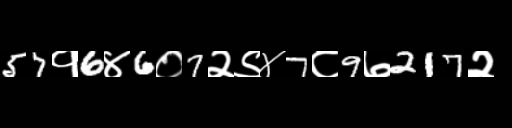
Text: 57१6४6०7२९४7८9७217२